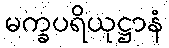
မက္ခပရိယုဋ္ဌာနံ